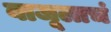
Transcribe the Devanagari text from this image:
बाजूलाचं